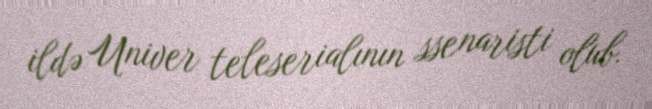
ildə Univer teleserialının ssenaristi olub.